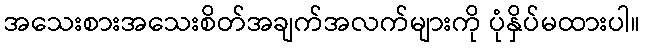
အသေးစားအသေးစိတ်အချက်အလက်များကို ပုံနှိပ်မထားပါ။